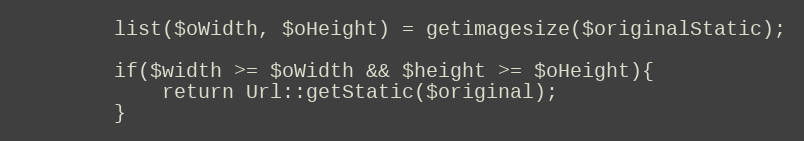
Language: PHP
        list($oWidth, $oHeight) = getimagesize($originalStatic);

        if($width >= $oWidth && $height >= $oHeight){
            return Url::getStatic($original);
        }